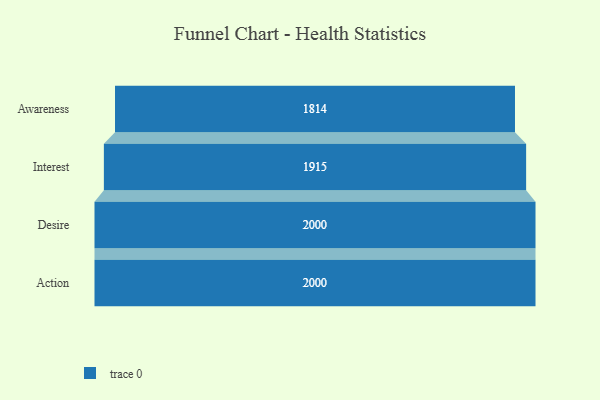
{"axis": {"x": "Stage", "y": "Value"}, "legend": [""], "data": [{"x": "Awareness", "y": 1814.0, "type": ""}, {"x": "Interest", "y": 1915.0, "type": ""}, {"x": "Desire", "y": 2000, "type": ""}, {"x": "Action", "y": 2000, "type": ""}]}